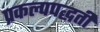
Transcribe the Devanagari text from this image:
प्रकल्पपद्धती